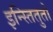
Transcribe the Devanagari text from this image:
इन्स्तितुतो